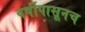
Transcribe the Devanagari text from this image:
वर्षीपासूनच